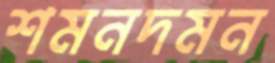
শমনদমন